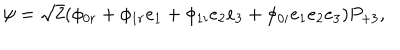
\psi = \sqrt { 2 } ( \phi _ { 0 r } + \phi _ { 1 r } e _ { 1 } + \phi _ { 1 i } e _ { 2 } e _ { 3 } + \phi _ { 0 i } e _ { 1 } e _ { 2 } e _ { 3 } ) P _ { + 3 } ,